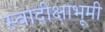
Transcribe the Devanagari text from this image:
स्वादीक्षाभूमी